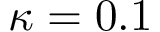
\kappa = 0 . 1